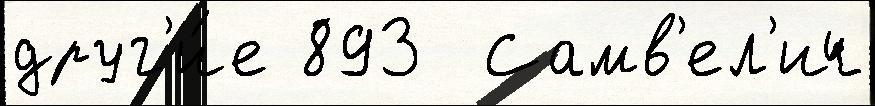
друг'и́е 893  Самв'ел'ич